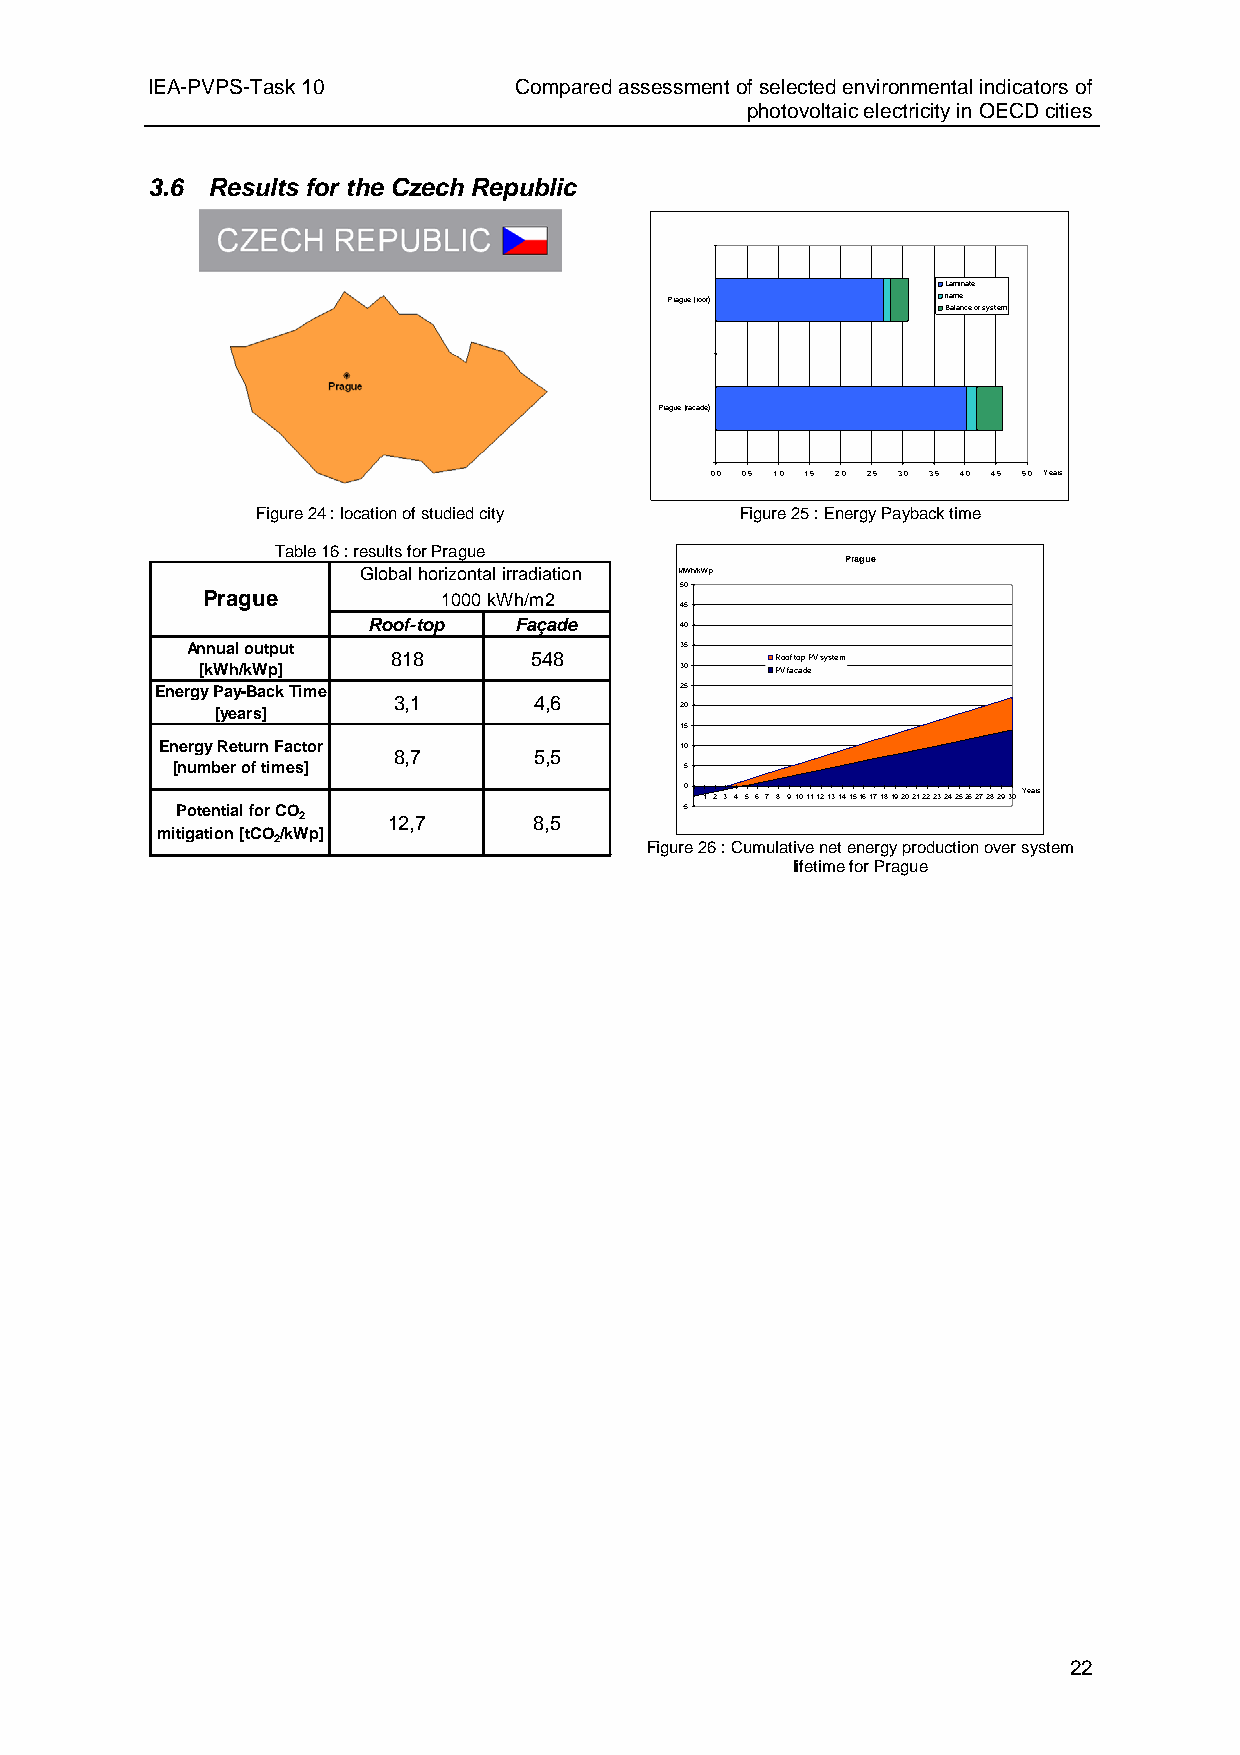
IEA-PVPS-Task 10        Compared assessment of selected environmental indicators of
 photovoltaic electricity in OECD cities
 3.6 Results for the Czech Republic
 Laminate
 Prague (roof)      frame
 Balance of system
 Prague (facade)
 0,0 0,5 1,0 1,5 2,0 2,5 3,0 3,5 4,0 4,5 5,0 Years
 Figure 24 : location of studied city Figure 25 : Energy Payback time
 Table 16 : results for Prague
 Prague
 Global horizontal irradiation MWh/kWp
 50
 Prague          1000kWh/m2
 45
 Roof-top  Façade     40
 Annual output                    35
 818      548             Roof top PV system
 [kWh/kWp]                       30    PV facade
 Energy Pay-Back Time               25
 3,1      4,6
 [years]                        20
 15
 Energy Return Factor 8,7 5,5      10
 [number of times]                 5
 0 1 2 3 4 56 7 8 9101112131415161718192021222324252627282930Years
 Potential for CO                 -5
 2     12,7     8,5
 mitigation [tCO/kWp]
 2
 Figure 26 : Cumulative net energy production over system
 lifetime for Prague
 22